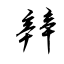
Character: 辡